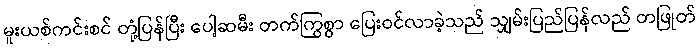
မူးယစ်ကင်းစင် တုံ့ပြန်ပြီး ပေါ့ဆမီး တက်ကြွစွာ ပြေးဝင်လာခဲ့သည် သျှမ်းပြည်ပြန်လည် တဖြုတ်